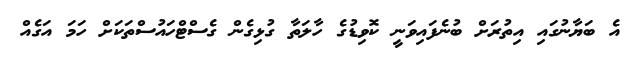
އެ ބަޔާނުގައި އިތުރަށް ބުނެފައިވަނީ ކޮވިޑުގެ ހާލަތާ ގުޅިގެން ގެސްޓްހައުސްތަކަށް ހަމަ އަގެއް